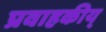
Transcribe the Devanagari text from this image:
प्रवाहकीय्